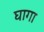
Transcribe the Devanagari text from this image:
घागा